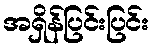
အရှိန်ပြင်းပြင်း